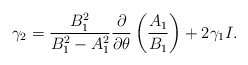
\begin{align*}\gamma_2=\frac{B^2_1}{B_1^2-A^2_1}\frac{\partial }{\partial\theta}\left (\frac{A_1}{ B_1}\right )+2\gamma_1 I.\end{align*}